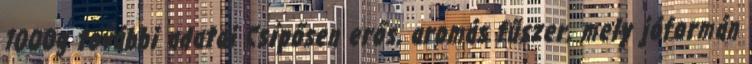
1000g további adatai Csípősen erős, aromás fűszer, mely jóformán